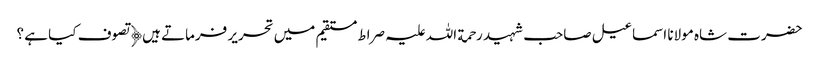
حضرت شاہ مولانا اسماعیل صاحب شہید رحمة اللہ علیہ صراط مستقیم میں تحریر فرماتے ہیں﴿ تصوف کیا ہے ؟